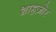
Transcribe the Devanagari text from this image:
शाहज़ोर